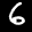
Label: 6